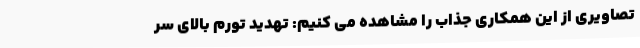
تصاویری از این همکاری جذاب را مشاهده می کنیم: تهدید تورم بالای سر